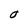
Character: O